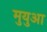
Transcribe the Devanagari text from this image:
मुयुआ